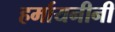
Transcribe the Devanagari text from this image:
हर्मायनीनी